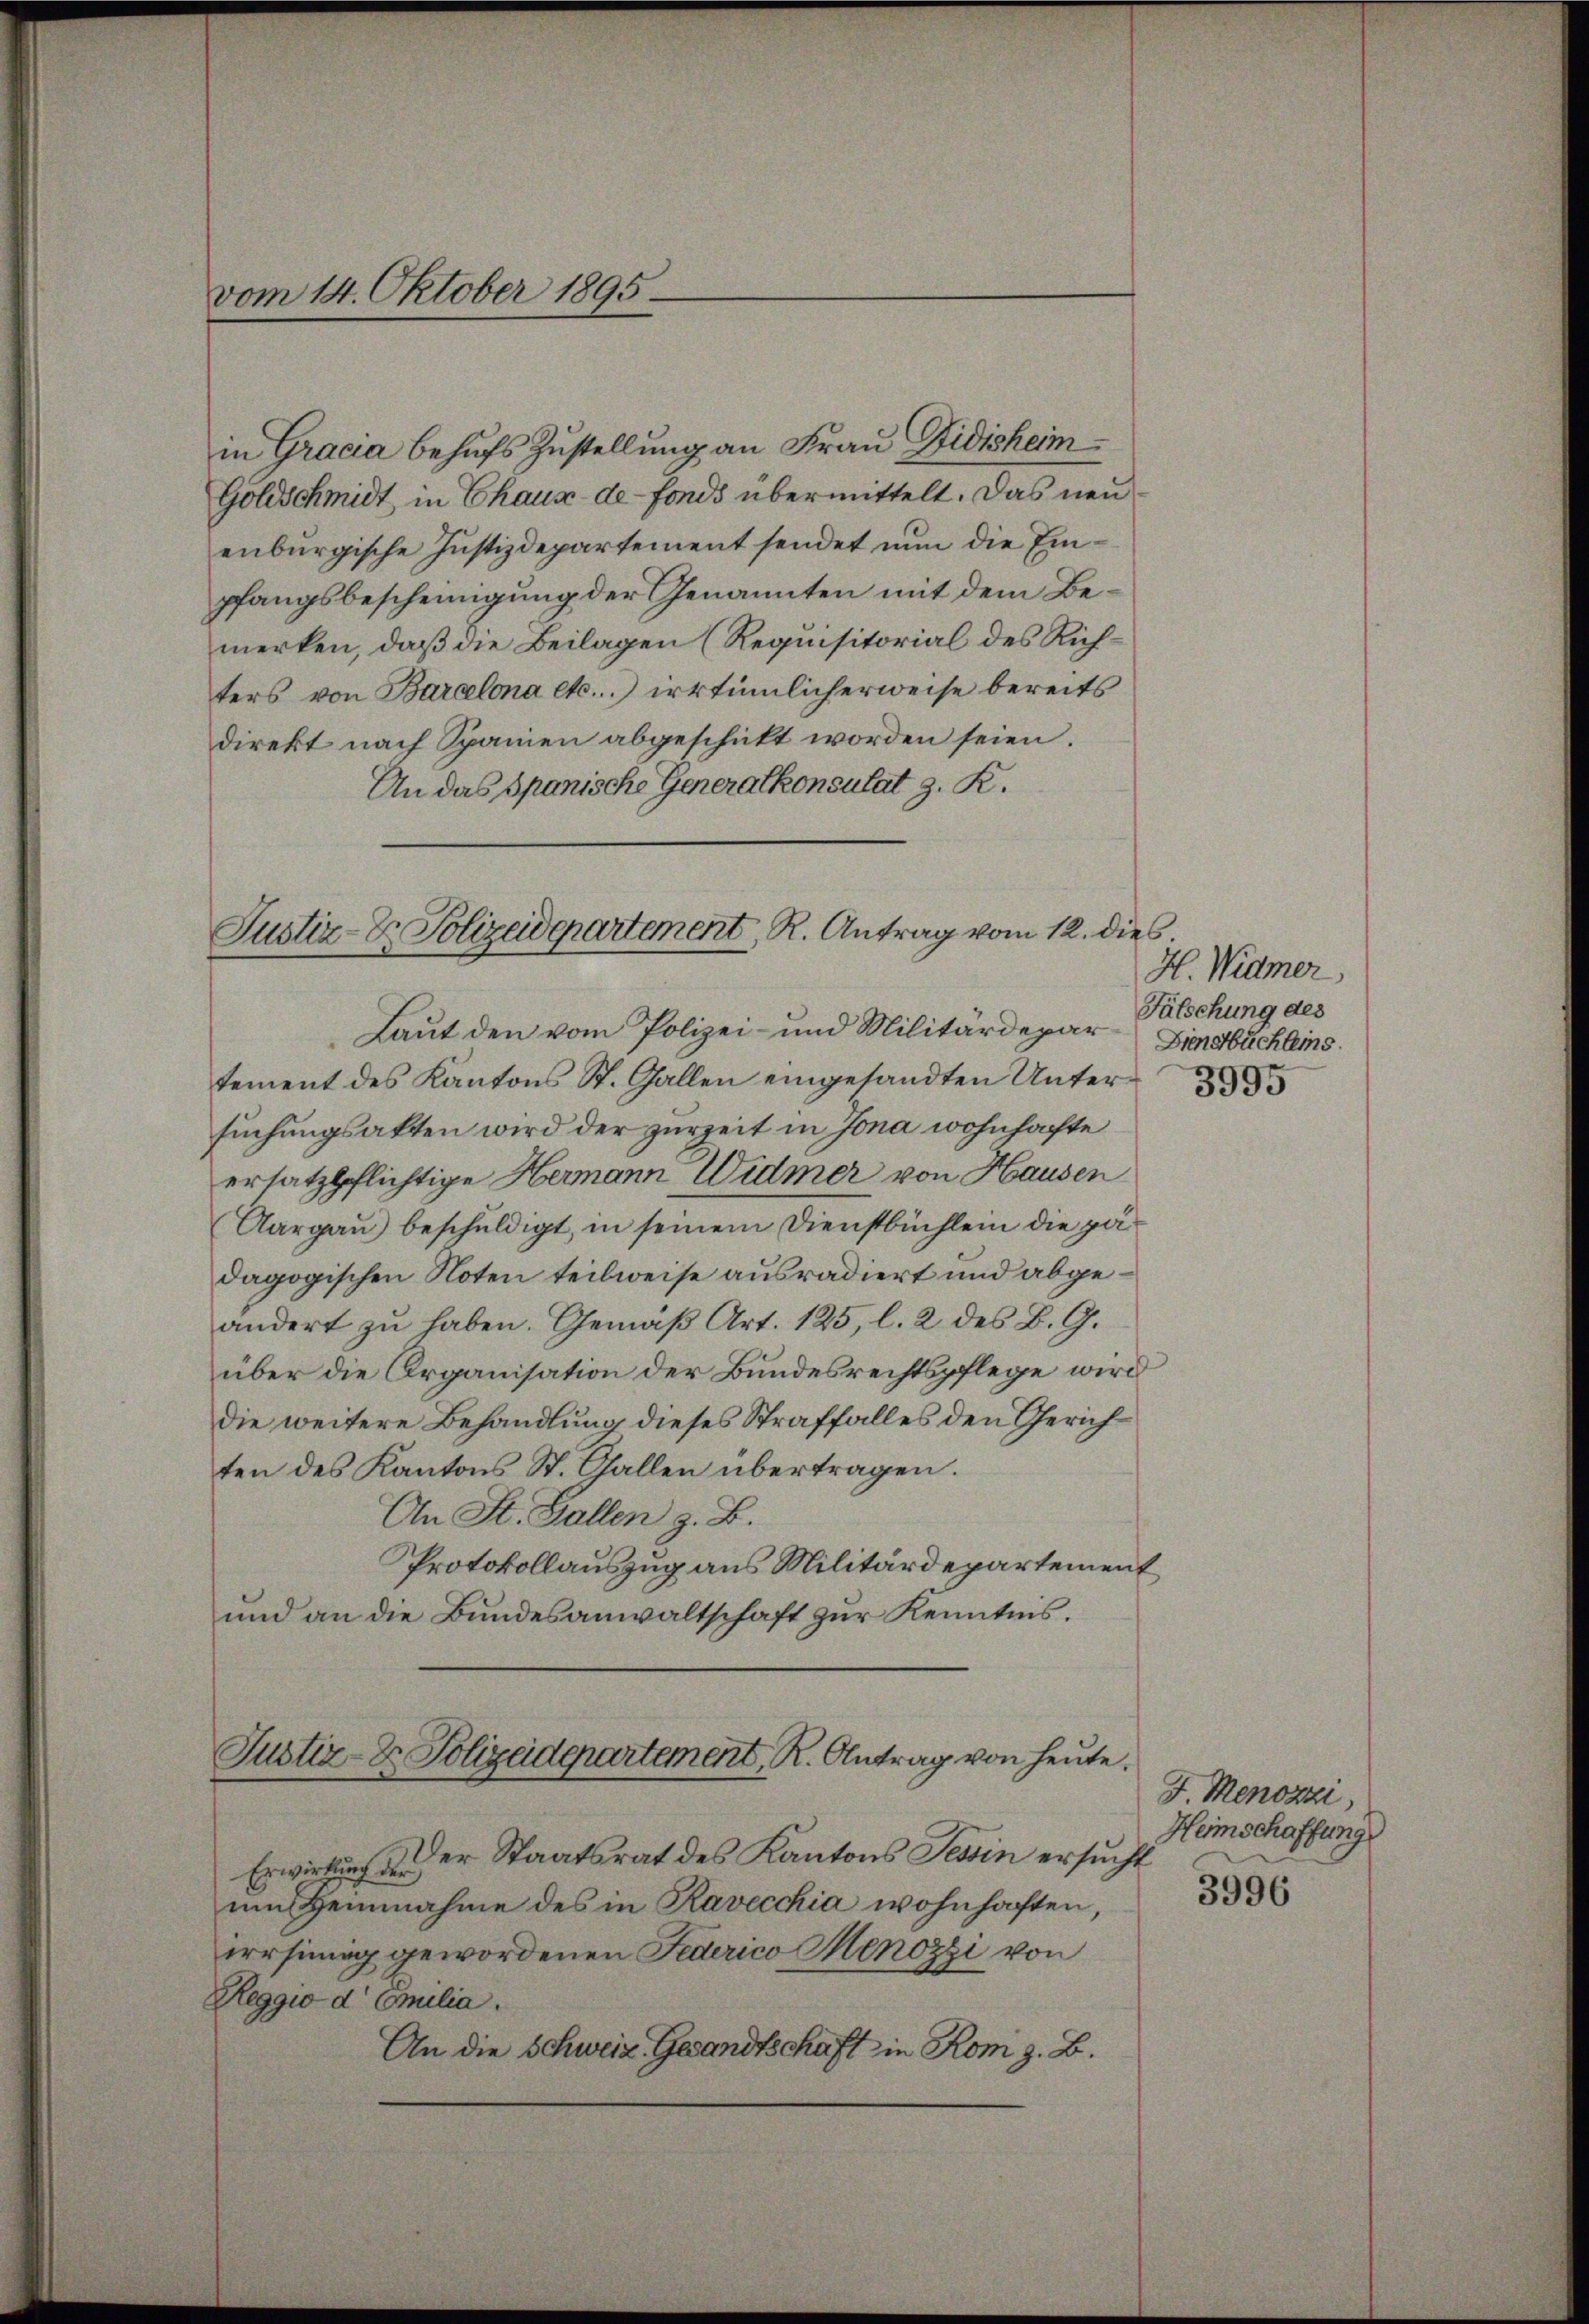
vom 14. Oktober 1895.

in Gracia behufs Zustellung an Frau Sidisheim¬
Goldschmidt, in Chaux-de-Fonds übermittelt. Das neu
enburgische Justizdepartement sendet nun die Einpfangsbescheinigung der Genannten mit dem Bemerken, daß die Beilagen (Requisitorial des Richters von Barcelona etc.) irrtümlicherweise bereits
direkt nach Spanien abgeschickt worden seien.
An das Spanische Generalkonsulat z. R.
tement des Kantons St. Gallen eingesandten Untersuchungsakten wird der zurzeit in Jona wohnhafte
ersatzpflichtige Hermann Widmer von Hausen
Aargaŭ) beschŭldigt, in seinem Dienstbüchlein die pädagogischen Noten teilweise ausradiert und abgeändert zu haben. Gemäβ Art. 125, l. 2 des B. G.
über die Organisation der Bundesrechtspflege wird
die weitere Behandlung dieses Straffalles den Gerichten des Kantons St. Gallen übertragen.
An St. Gallen z. B.
Protokollauszug aus Militärdepartement
und an die Bundesanwaltschaft zur Kenntnis.
Justiz- & Polizeidepartement, R. Antrag von heute.

Justiz- & Polizeidepartement, R. Antrag vom 12. dies

Laut den vom Polizei- und Militärdepar Zinsbuchleins

H. Widmer
Fälschung des
3995

Der Staatsrat des Kantons Tessin ersucht
Erwirkung der
um Heinnahme des in Ravecchia wohnhaften,
irrsinnig gewordenen Federico Menozzi von
Reggio d Emilia.
An die Schweiz. Gesandtschaft in Rom z. B.

J. Menozzi
Heimschaffung
3996